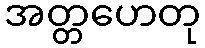
အတ္တဟေတု